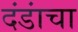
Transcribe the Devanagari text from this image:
दंडांचा